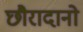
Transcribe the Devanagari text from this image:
छौरादानो